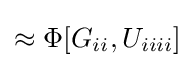
\approx \Phi [G_{ii},U_{iiii}]